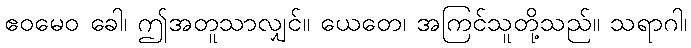
ဧဝမေဝ ခေါ၊ ဤအတူသာလျှင်။ ယေတေ၊ အကြင်သူတို့သည်။ သရာဂါ၊